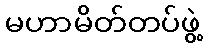
မဟာမိတ်တပ်ဖွဲ့